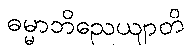
ဓမ္မာဘိညေယျာတိ